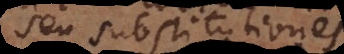
seu substitutione